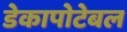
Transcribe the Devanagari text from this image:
डेकापोटेबल